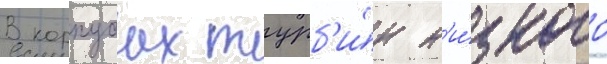
В корпусах турб'и́н н'и́зкого